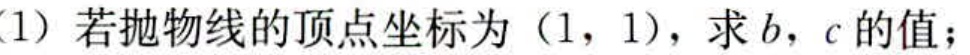
(1) 若抛物线的顶点坐标为\((1,1)\)，求\(b\)，\(c\)的值；